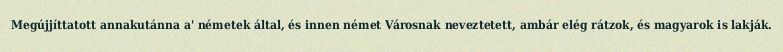
Megújjíttatott annakutánna a' németek által, és innen német Városnak neveztetett, ambár elég rátzok, és magyarok is lakják.